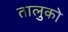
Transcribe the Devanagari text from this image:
तालुको